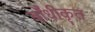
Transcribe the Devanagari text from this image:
बाँधीकृत